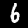
Digit: 6